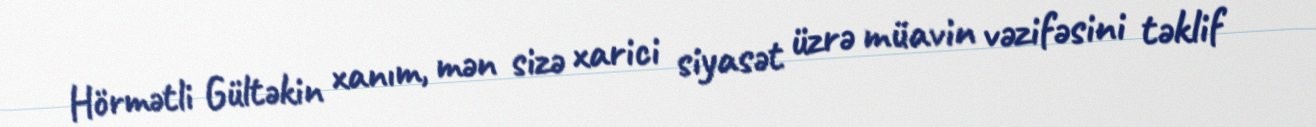
Hörmətli Gültəkin xanım, mən sizə xarici siyasət üzrə müavin vəzifəsini təklif